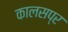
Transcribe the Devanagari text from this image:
कालसप्र